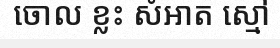
ចោល ខ្លះ សំអាត ស្មៅ